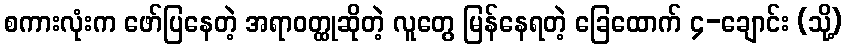
စကားလုံးက ဖော်ပြနေတဲ့ အရာဝတ္ထုဆိုတဲ့ လူတွေ မြန်နေရတဲ့ ခြေထောက် ၄-ချောင်း (သို့)